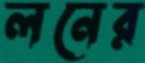
লনের